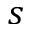
s